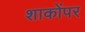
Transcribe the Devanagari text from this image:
शाकोंपर